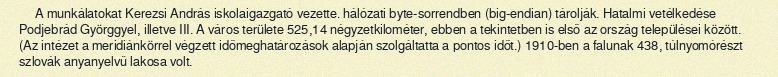
A munkálatokat Kerezsi András iskolaigazgató vezette. hálózati byte-sorrendben (big-endian) tárolják. Hatalmi vetélkedése Podjebrád Györggyel, illetve III. A város területe 525,14 négyzetkilométer, ebben a tekintetben is első az ország települései között. (Az intézet a meridiánkörrel végzett időmeghatározások alapján szolgáltatta a pontos időt.) 1910-ben a falunak 438, túlnyomórészt szlovák anyanyelvű lakosa volt.